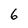
Character: 6